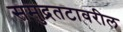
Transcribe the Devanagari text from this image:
समुद्रतटावरील